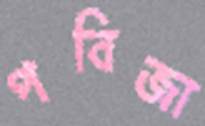
পবিজা